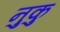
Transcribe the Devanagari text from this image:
नुकु